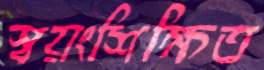
স্বয়ংশিক্ষিত